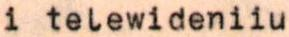
i telewideniiu